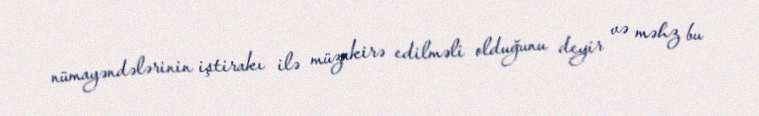
nümayəndələrinin iştirakı ilə müzakirə edilməli olduğunu deyir və məhz bu